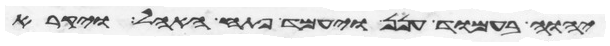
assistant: יהוה בעמוד הענן ויעמד פתח האהל ויקרא